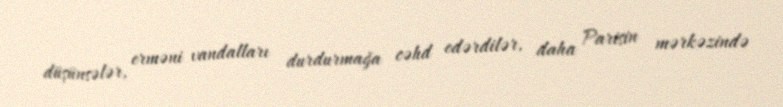
düşünsələr, erməni vandalları durdurmağa cəhd edərdilər, daha Parisin mərkəzində